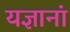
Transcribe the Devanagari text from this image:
यज्ञानां